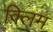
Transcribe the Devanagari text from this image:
क्लिम